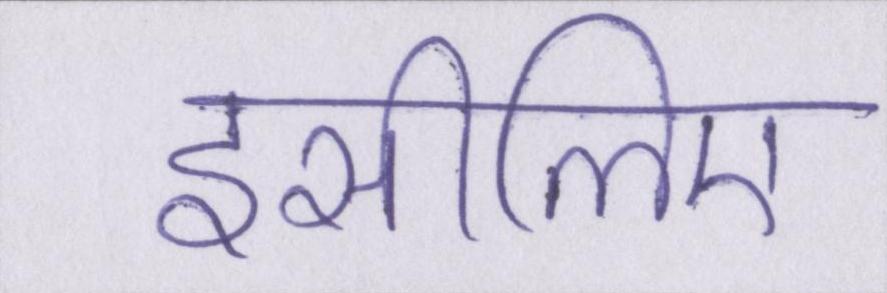
इसीलिए